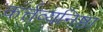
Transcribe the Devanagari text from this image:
कर्त्तव्यनिष्ठा